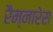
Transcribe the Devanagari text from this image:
रैम्नारेस